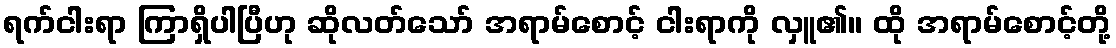
ရက်ငါးရာ ကြာရှိပါပြီဟု ဆိုလတ်သော် အရာမ်စောင့် ငါးရာကို လှူ၏။ ထို အရာမ်စောင့်တို့